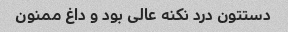
دستتون درد نکنه عالی بود و داغ ممنون